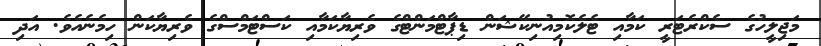
މަޖިލީހުގެ ސެކްރެޓަރީ ކަމާއި ޓެލެކޮމިއުނިކޭޝަން ޑިޕާޓްމަންޓްގެ ވެރިޔާކަމާއި ކަސްޓަމްސްގެ ވެރިޔާކަން ހިމެނެއެވެ. އަދި